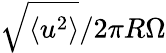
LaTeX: \sqrt{\langle u^{2}\rangle}/2\pi R\Omega